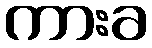
ကားခ